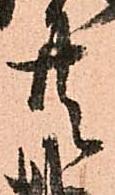
共